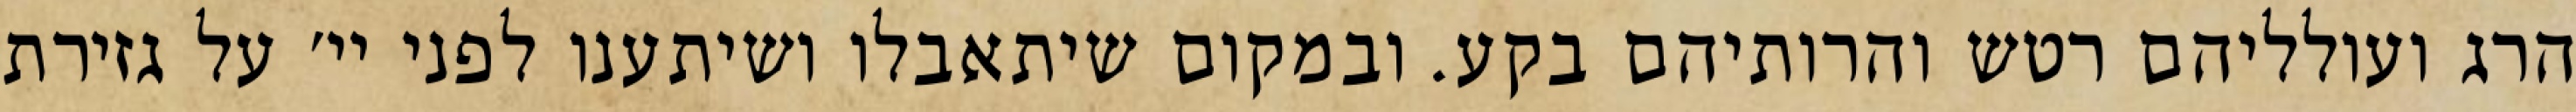
הרג ועולליהם רטש והרותיהם בקע. ובמקום שיתאבלו ושיתענו לפני יי׳ על גזירת